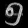
Digit: ၅